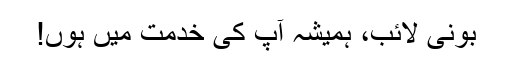
بونی لائب، ہمیشہ آپ کی خدمت میں ہوں!